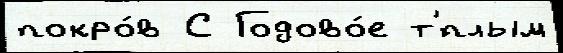
покро́в С Годово́е т'́плым